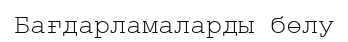
Бағдарламаларды бөлу